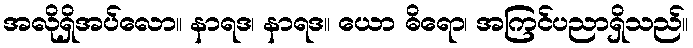
အလိုရှိအပ်လော။ နာရဒ၊ နာရဒ။ ယော ဓိရော၊ အကြင်ပညာရှိသည်။